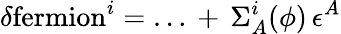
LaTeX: \delta\mathrm{fermion}^{i}=\dots\, +\, \Sigma_{A}^{i}(\phi)\, \epsilon^{A}